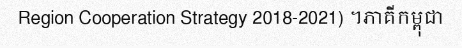
Region Cooperation Strategy 2018-2021) ។ភាគីកម្ពុជា